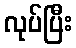
လုပ်ပြီး